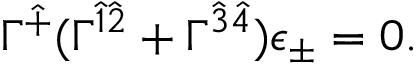
\Gamma ^ { \hat { + } } ( \Gamma ^ { \hat { 1 } \hat { 2 } } + \Gamma ^ { \hat { 3 } \hat { 4 } } ) \epsilon _ { \pm } = 0 .